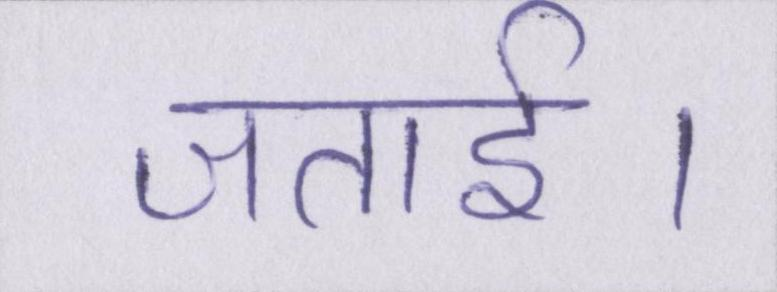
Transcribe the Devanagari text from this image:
जताई।